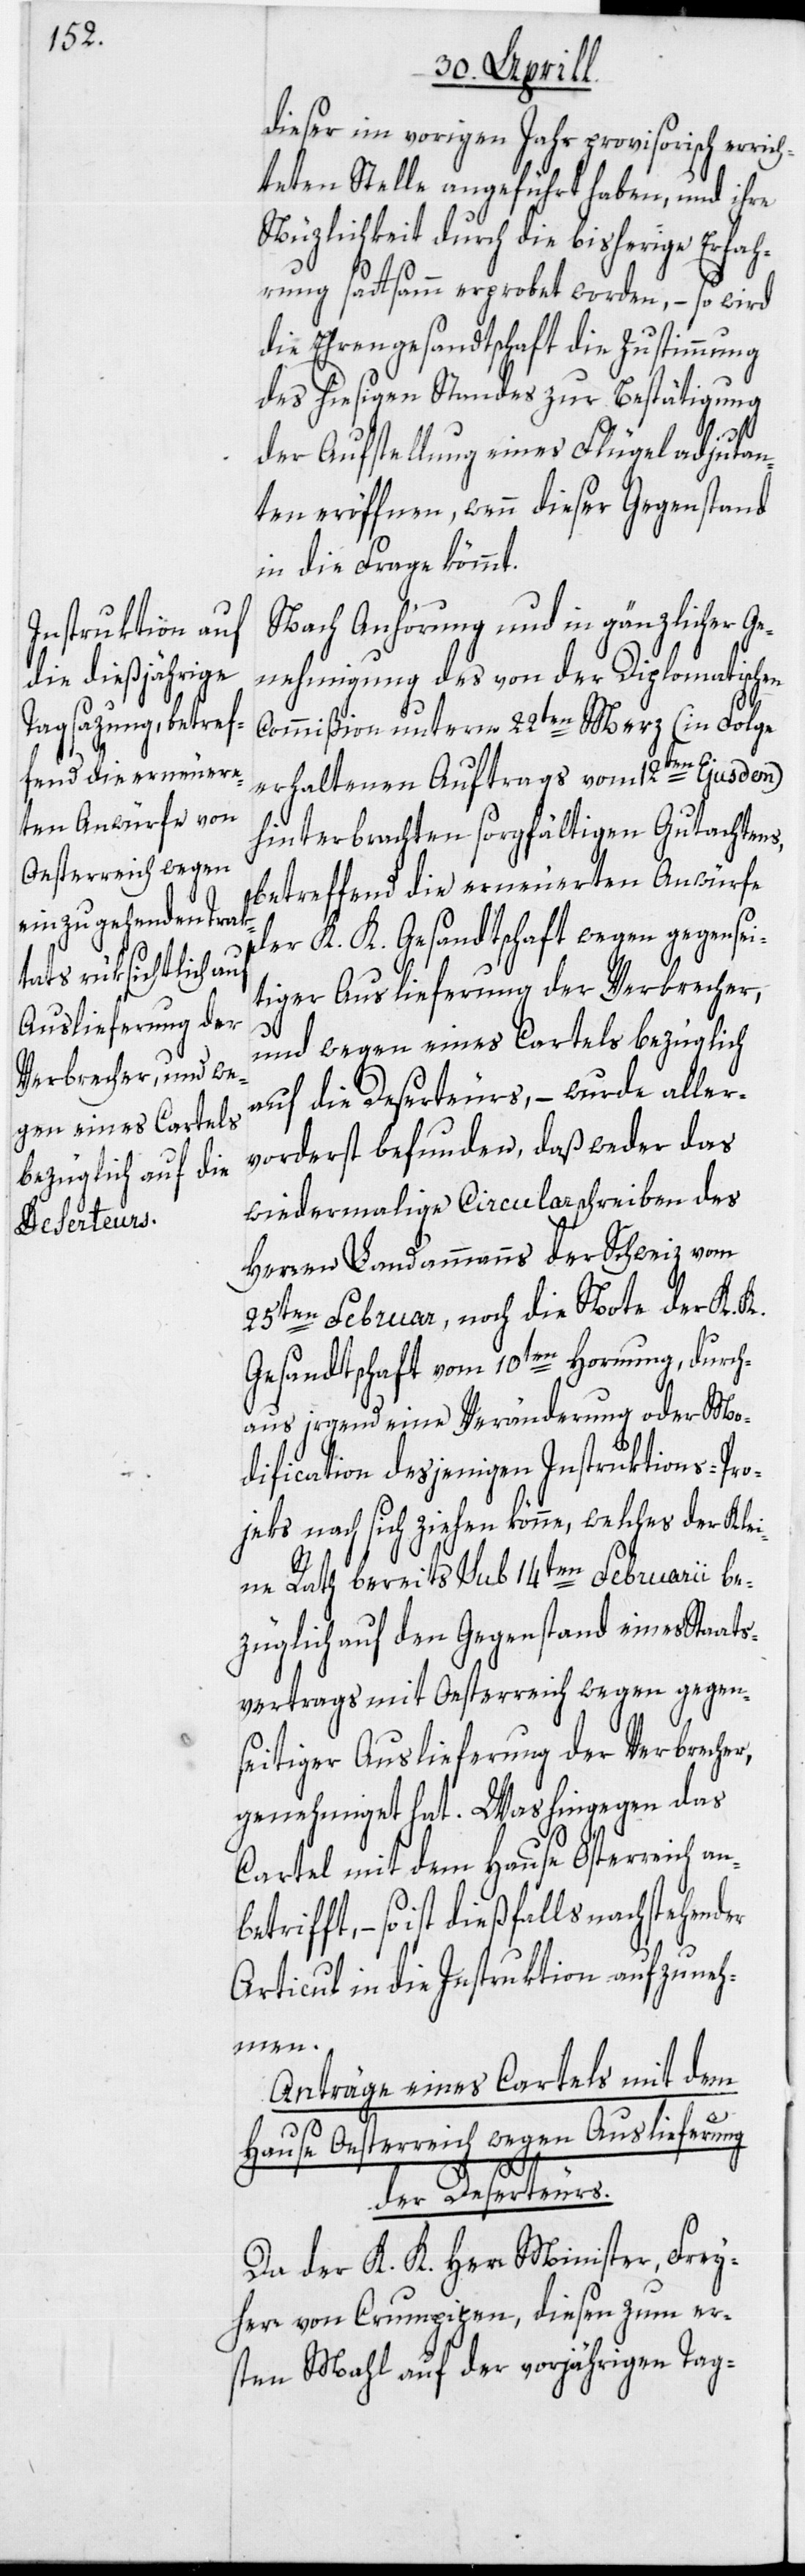
Oesterreich wegen
Auslieferung der
Deserteurs.

dieser im vorigen Jahr provisorisch erric¬
hteten Stelle angeführt haben, und ihre
Nüzlichkeit durch die bisherige Erfah¬
rung sattsamm erprobet worden, – so wird
die Ehrengesandtschaft die Zustimmung
des hiesigen Standes zur Bestätigung
der Aufstellung eines Flügeladjutan¬
ten eröffnen, wenn dieser Gegenstand
in die Frage kömmt.
Nach Anhörung und in gänzlicher Ge¬
nehmigung des von der Diplomatischen
Commißion unterm 22ten Merz (in Folge
Hause
erhaltenen Auftrags vom 12ten Ejusdem)
hinterbrachten sorgfältigen Gutachtens,
betreffend die erneuerten Anwürfe
der K. K. Gesandtschaft wegen gegensei¬
tiger Auslieferung der Verbrecher,
und wegen eines Cartels bezüglich
auf die Deserteurs, – wurde aller¬
vorderst befunden, daß weder das
wiedermalige Circularschreiben des
Herren Landammanns der Schweiz vom
25ten Februar, noch die Note der K. K.
Gesandtschaft vom 10ten Hornung, durch¬
aus irgend eine Veränderung oder Mo¬
dification desjenigen Instruktions-Pro¬
jek[t]s nach sich ziehen könne, welches der Klei¬
ne Rath bereits sub 14ten Februarii be¬
züglich auf den Gegenstand eines Staats¬
vertrags mit Oesterreich wegen gegen¬
seitiger Auslieferung der Verbrecher,
genehmiget hat. Was hingegen das
Cartel mit dem Hause Österreich
so ist dießfalls nachstehender
Articul in die Instruktion aufzuneh¬
men.
Anträge eines Cartels mit dem
Da der K. K. Herr Minister, Frey¬
herr von Crumpipen, diesen zum er¬
sten Mahl auf der vorjährigen Tag-